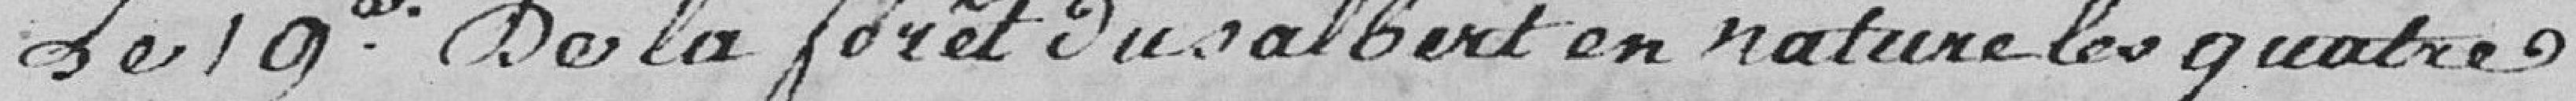
le 19ème de la forêt du Salbert en nature les quatre